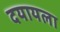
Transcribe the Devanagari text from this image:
दयायला